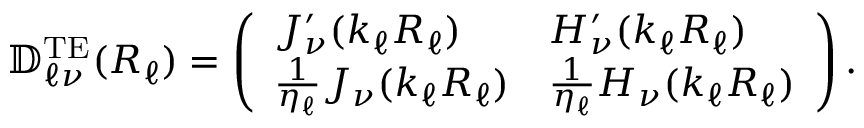
\mathbb { D } _ { \ell \nu } ^ { \mathrm { T E } } ( R _ { \ell } ) = \left( \begin{array} { l l } { J _ { \nu } ^ { \prime } ( k _ { \ell } R _ { \ell } ) } & { H _ { \nu } ^ { \prime } ( k _ { \ell } R _ { \ell } ) } \\ { \frac { 1 } { \eta _ { \ell } } J _ { \nu } ( k _ { \ell } R _ { \ell } ) } & { \frac { 1 } { \eta _ { \ell } } H _ { \nu } ( k _ { \ell } R _ { \ell } ) } \end{array} \right) .